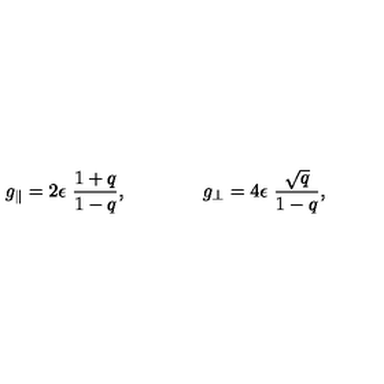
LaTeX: g _ { \parallel } = 2 \epsilon \ \frac { 1 + q } { 1 - q } , \qquad \qquad g _ { \perp } = 4 \epsilon \ \frac { \sqrt { q } } { 1 - q } ,